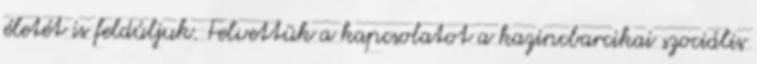
életét is feldúljuk. Felvettük a kapcsolatot a kazincbarcikai szociális